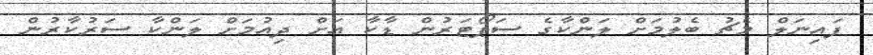
ފައިނަލް މެޗު ބެލުމަށް ލަންކާގެ ސަޕޯޓަރުން ޑާކާ އަށް ދިއުމަށް ލަންކާ ސަރުކާރުން